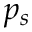
p _ { s }